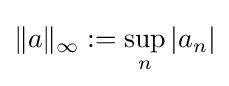
\|a\|_{\infty }:=\sup \limits _{n}|a_{n}|